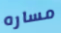
مساره